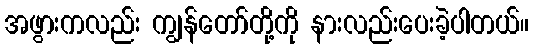
အဖွားကလည်း ကျွန်တော်တို့ကို နားလည်းပေးခဲ့ပါတယ်။